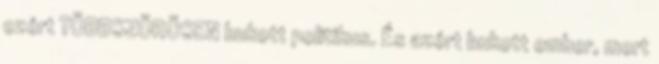
ezért TÖBBSZÖRÖSEN bukott politikus. És azért bukott ember, mert